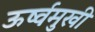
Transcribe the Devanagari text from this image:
ऊर्ष्वमुखी